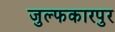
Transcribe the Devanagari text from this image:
जुल्फकारपुर